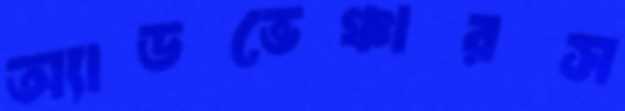
অ্যাডভেঞ্চারস